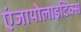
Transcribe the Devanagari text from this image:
एंजायोलाइटिक्स